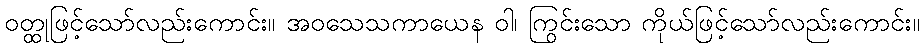
ဝတ္ထုဖြင့်သော်လည်းကောင်း။ အဝသေသကာယေန ဝါ၊ ကြွင်းသော ကိုယ်ဖြင့်သော်လည်းကောင်း။